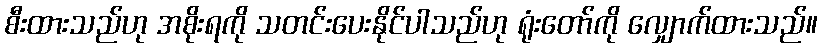
စီးထားသည်ဟု အစိုးရကို သတင်းပေးနိုင်ပါသည်ဟု ရုံးတော်ကို လျှောက်ထားသည်။